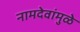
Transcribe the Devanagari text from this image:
नामदेवांमुळे